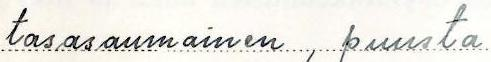
tasasaumainen, puusta